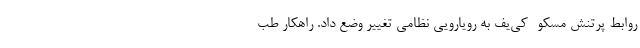
روابط پرتنش مسکو- کی‌یف به رویارویی نظامی تغییر وضع داد. راهکار طب